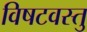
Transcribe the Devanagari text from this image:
विषटवस्तु